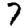
Digit: 7